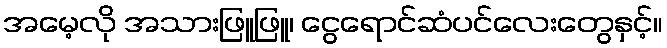
အမေ့လို အသားဖြူဖြူ၊ ငွေရောင်ဆံပင်လေးတွေနှင့်။